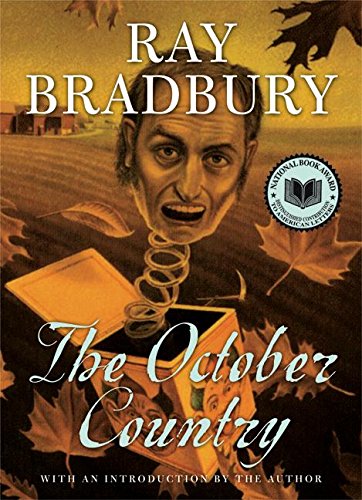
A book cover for The October Country; Ray Bradbury; Science Fiction & Fantasy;